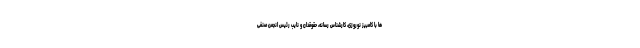
ها با کامبیز نوروزی، کارشناس رسانه، حقوقدان و نایب رئیس انجمن صنفی